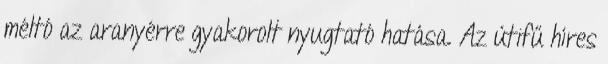
méltó az aranyérre gyakorolt nyugtató hatása. Az útifű híres